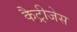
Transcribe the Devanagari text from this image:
कैट्रीजेस